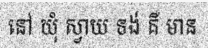
នៅ ឃុំ ស្វាយ ទង់ គឺ មាន